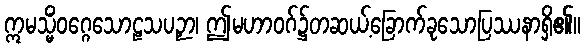
ဣမသ္မိံဝဂ္ဂေသောဠသပဉှာ၊ ဤမဟာဝဂ်၌တဆယ့်ခြောက်ခုသောပြဿနာရှိ၏။